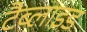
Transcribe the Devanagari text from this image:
टैब्लाइड